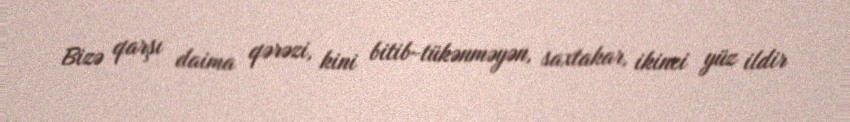
Bizə qarşı daima qərəzi, kini bitib-tükənməyən, saxtakar, ikinci yüz ildir